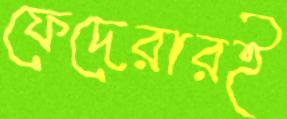
ফেদেরারই